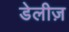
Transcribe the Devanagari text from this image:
डेलीज़